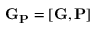
\mathbf { G } _ { \mathbf { P } } = [ \mathbf { G } , \mathbf { P } ]